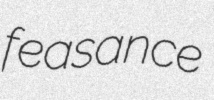
feasance